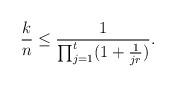
LaTeX: \begin{align*}\frac{k}{n}\leq \frac{1}{\prod_{j=1}^t(1+\frac{1}{jr})}.\end{align*}